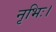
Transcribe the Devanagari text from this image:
नृभिः।